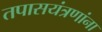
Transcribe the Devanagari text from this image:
तपासयंत्रणांना